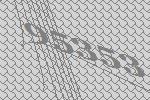
95353